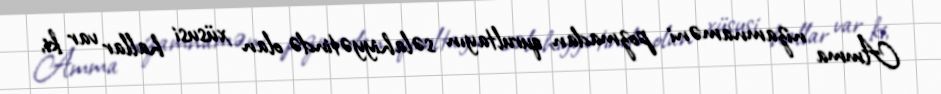
Amma nizamnaməni pozmadan qurultayın səlahiyyətində olan xüsusi hallar var ki,